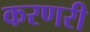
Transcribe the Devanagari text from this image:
करणरी